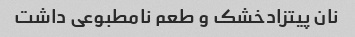
نان پیتزادخشک و طعم نامطبوعی داشت